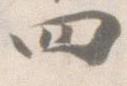
四